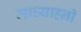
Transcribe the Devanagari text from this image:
माध्याह्नी